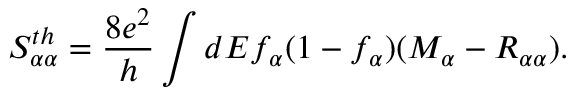
{ S _ { \alpha \alpha } ^ { t h } } = \frac { 8 e ^ { 2 } } { h } \int d E f _ { \alpha } ( 1 - f _ { \alpha } ) ( M _ { \alpha } - R _ { \alpha \alpha } ) .